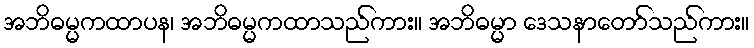
အဘိဓမ္မကထာပန၊ အဘိဓမ္မကထာသည်ကား။ အဘိဓမ္မာ ဒေသနာတော်သည်ကား။